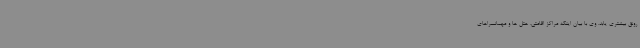
رونق بیشتری یابد. وی با بیان اینکه مراکز اقامتی، هتل ها و مهمانسراهای